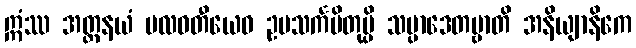
ဣံဿ အတ္ထနယံ ဗလဝတီယေဝ ဥပသင်္ကမိတုမ္ပိ သမ္ပာဒေတဗ္ဗာတိ အနိယျာနိကေ